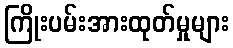
ကြိုးပမ်းအားထုတ်မှုများ